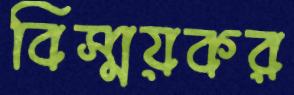
বিস্ময়কর